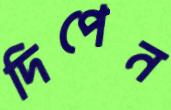
দিপেন